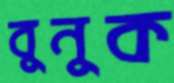
বুনুক